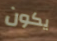
يكون